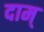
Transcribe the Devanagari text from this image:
दाम्